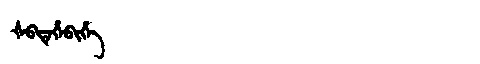
Manchu: ᡧᠪᡨᡝᡥᡝᠪᡳᡥᡝ
Romanization: ŠBTEHEBIHE